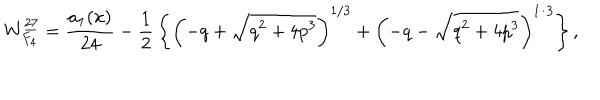
W _ { F _ { 4 } } ^ { \underline { { { 2 7 } } } } = { \frac { a _ { 1 } ( x ) } { 2 4 } } - { \frac { 1 } { 2 } } \left\{ \left( - q + \sqrt { q ^ { 2 } + 4 p ^ { 3 } } \right) ^ { 1 / 3 } + \left( - q - \sqrt { q ^ { 2 } + 4 p ^ { 3 } } \right) ^ { 1 / 3 } \right\} ,